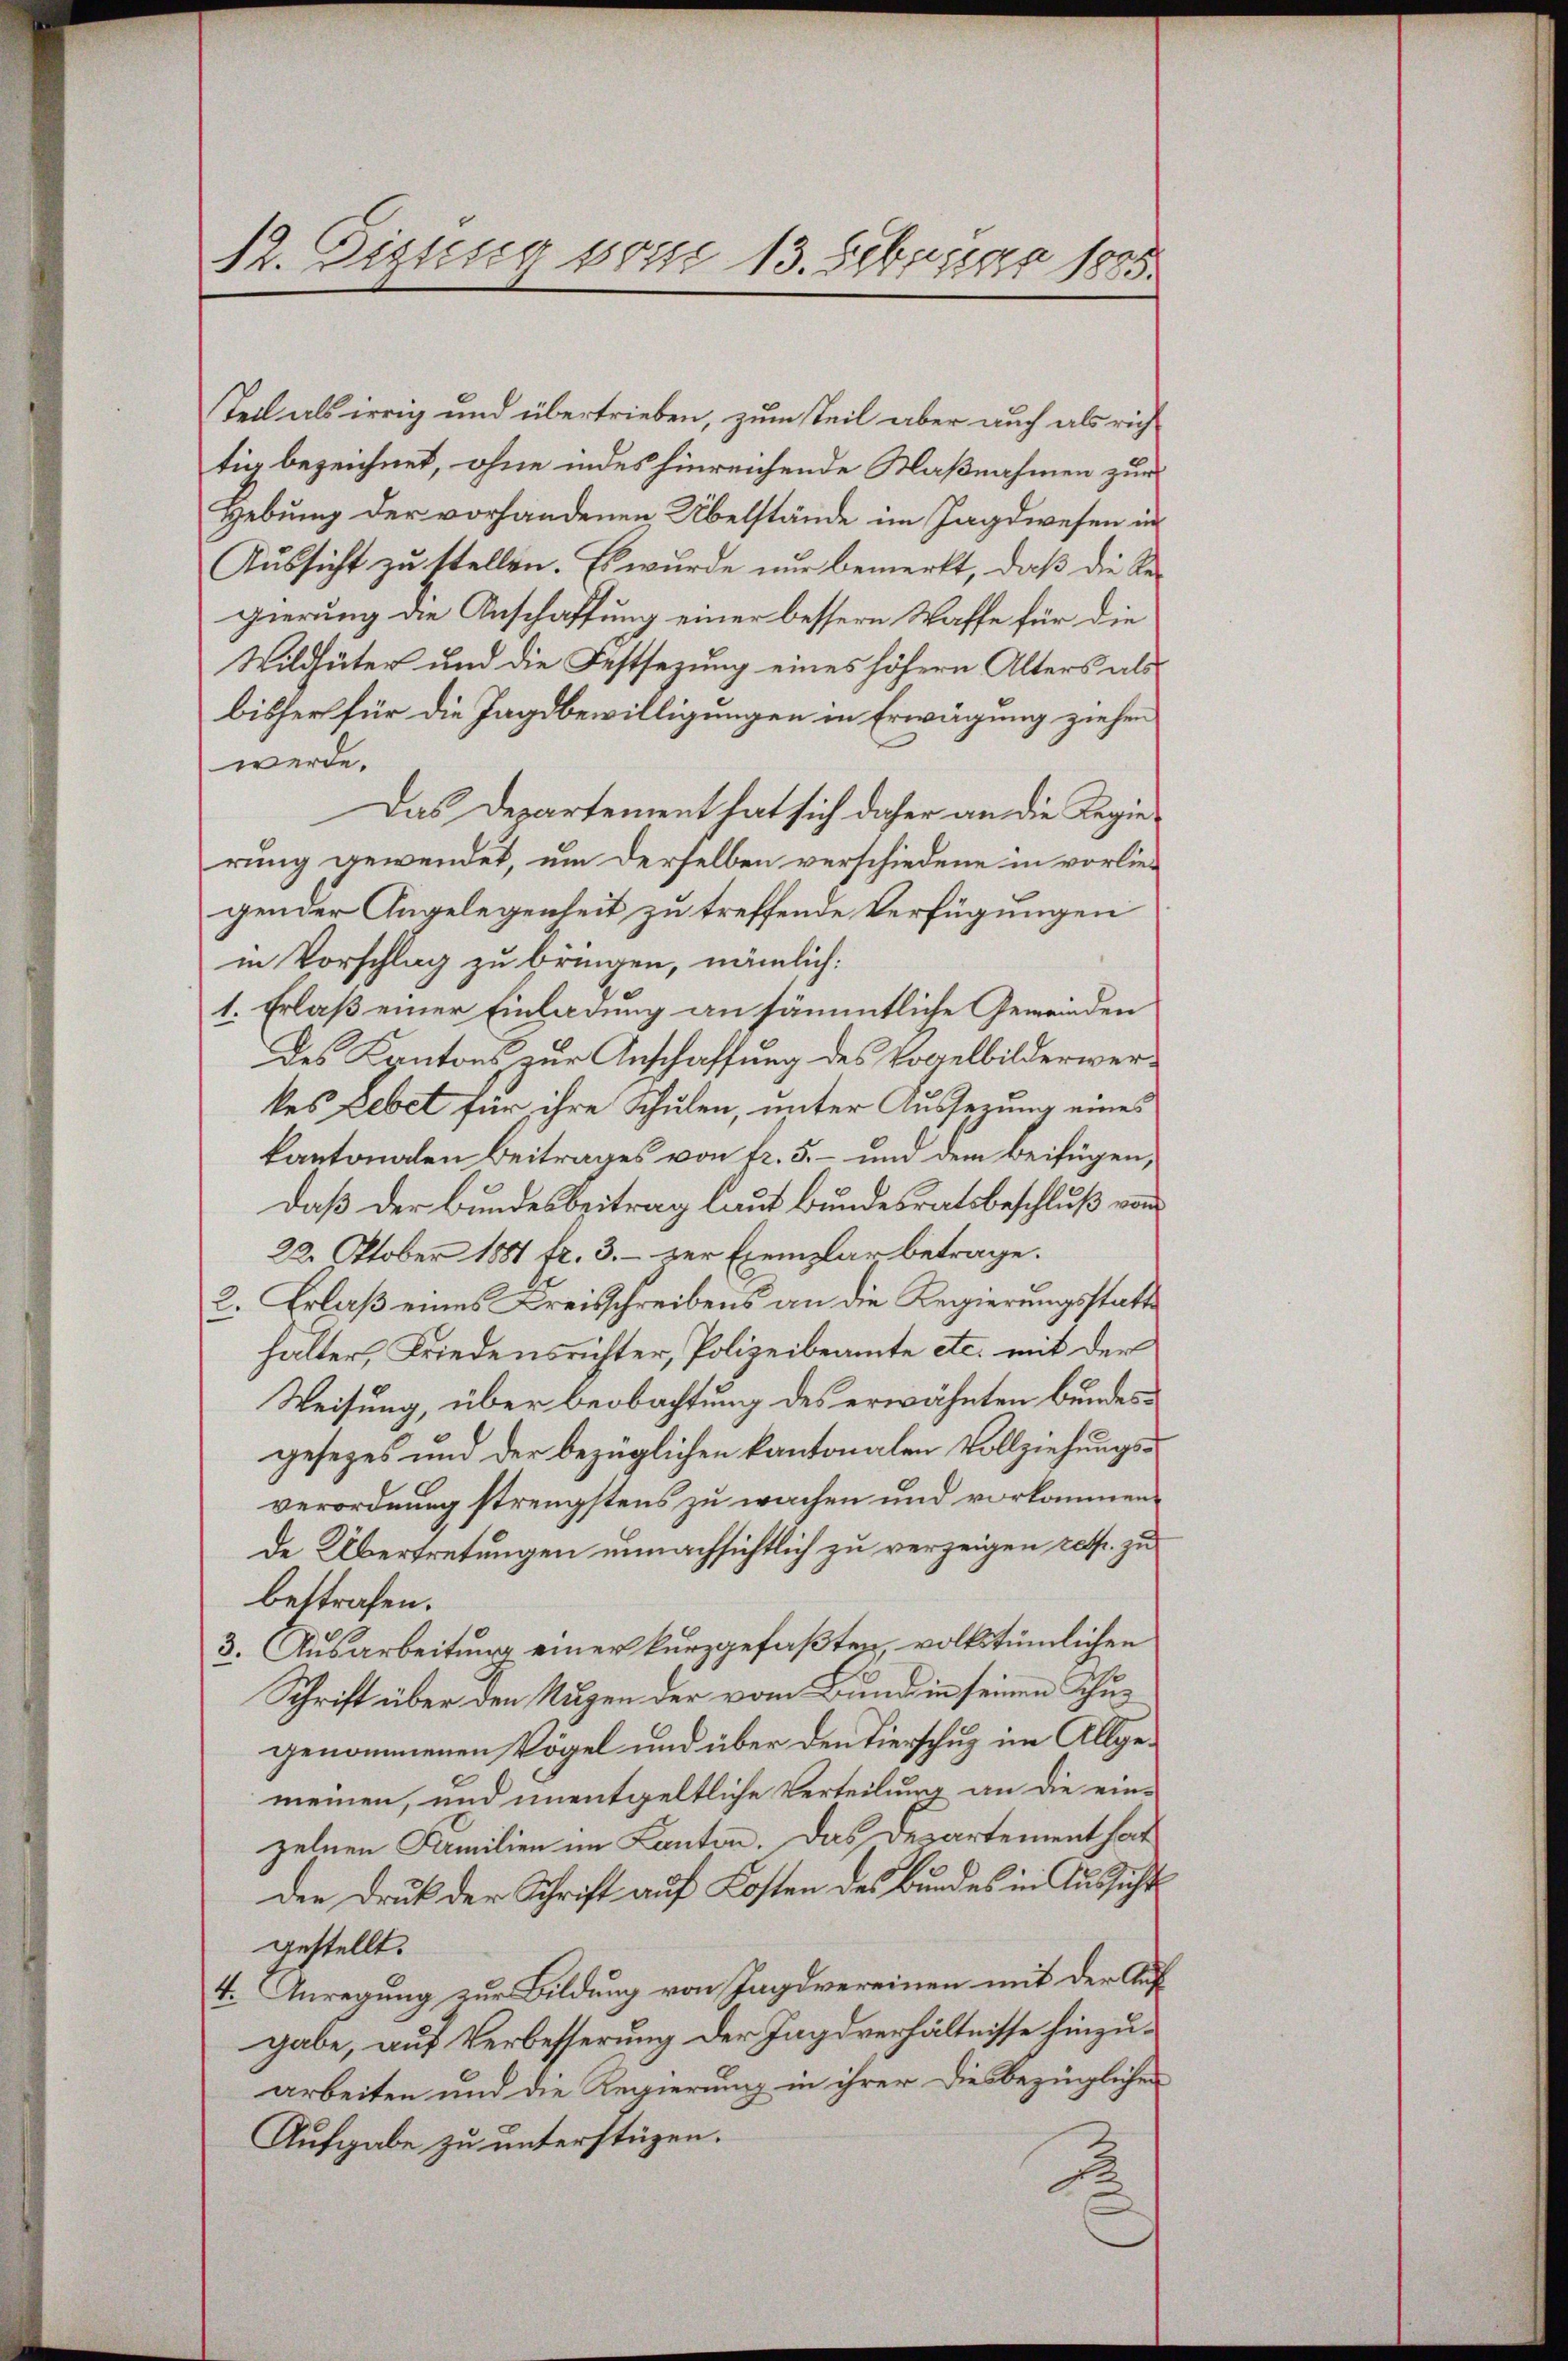
12. Eizung vom 13. Februar 1885.

Teil als irrig und übertrieben, zum Teil aber auch als rich
tig bezeichnet, ohne indes hinreichende Maßnahmen zur
Hebung der vorhandenen Übelstände im Jagdwesen in
Aussicht zu stellen. Es wurde nur bemerkt, daß die Regierung die Anschaffung einer bessern Waffe für die
Wildhüter und die Festsezung eines höhern Alters als
bisher für die Jagdbewilligungen in Erwägung ziehen
werde.
Das Departement hat sich daher an die Regierung gewendet, um derselben verschiedene in vorliegender Angelegenheit zu treffende Verfügungen
in Vorschlag zu bringen, nämlich:
1. Erlaß einer Einladung an sämmtliche Gemeinden
des Kantons, zur Anschaffung des Vogelbilderwerkes Lebet für ihre Schulen, unter Aussezung eines
kantonalen Beitrages von fr. 5.- und dem Beifügen,
Daß der Bundesbeitrag laut Bundesratsbeschluß vom
22. Oktober 1881 fr. 3. zur Exemplar betrage.
2. Erlaß eines Kreisschreibens an die Regierungsstatte
halter, Friedensrichter, Polizeibeamte etc. mit der
Weisung, über beobachtung des erwähnten bundesgesezes und der bezüglichen kantonalen Vollziehungsverordnung strengstens zu wachen und vorkommen.
de Übertretungen unnachsichtlich zu verzeigen resp. zu
bestrafen.
3. Ausarbeitung einer kurzgefaßten, volkstümlichen
Schrift über den Nuzen der vom Bund in seinen Schugenommenen Vögel und über den Tierschug im Allgemeinen, und unentgeltliche Verteilung an die einzelnen Familien im Kanton. Das Departement hat
der Druk der Schrift auf Kosten des Bundes in Aussicht
gestellt.
4. Anregung zur Bildung von Jagdvereinen mit der Aufgabe, auf Verbesserung der Jagdverhältnisse hinzuarbeiten und die Regierung in ihrer diesbezüglichen
Aufgabe zu unterstüzen.